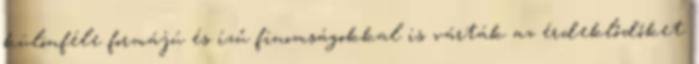
különféle formájú és ízű finomságokkal is várták az érdeklődőket.